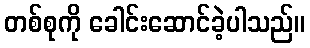
တစ်စုကို ခေါင်းဆောင်ခဲ့ပါသည်။